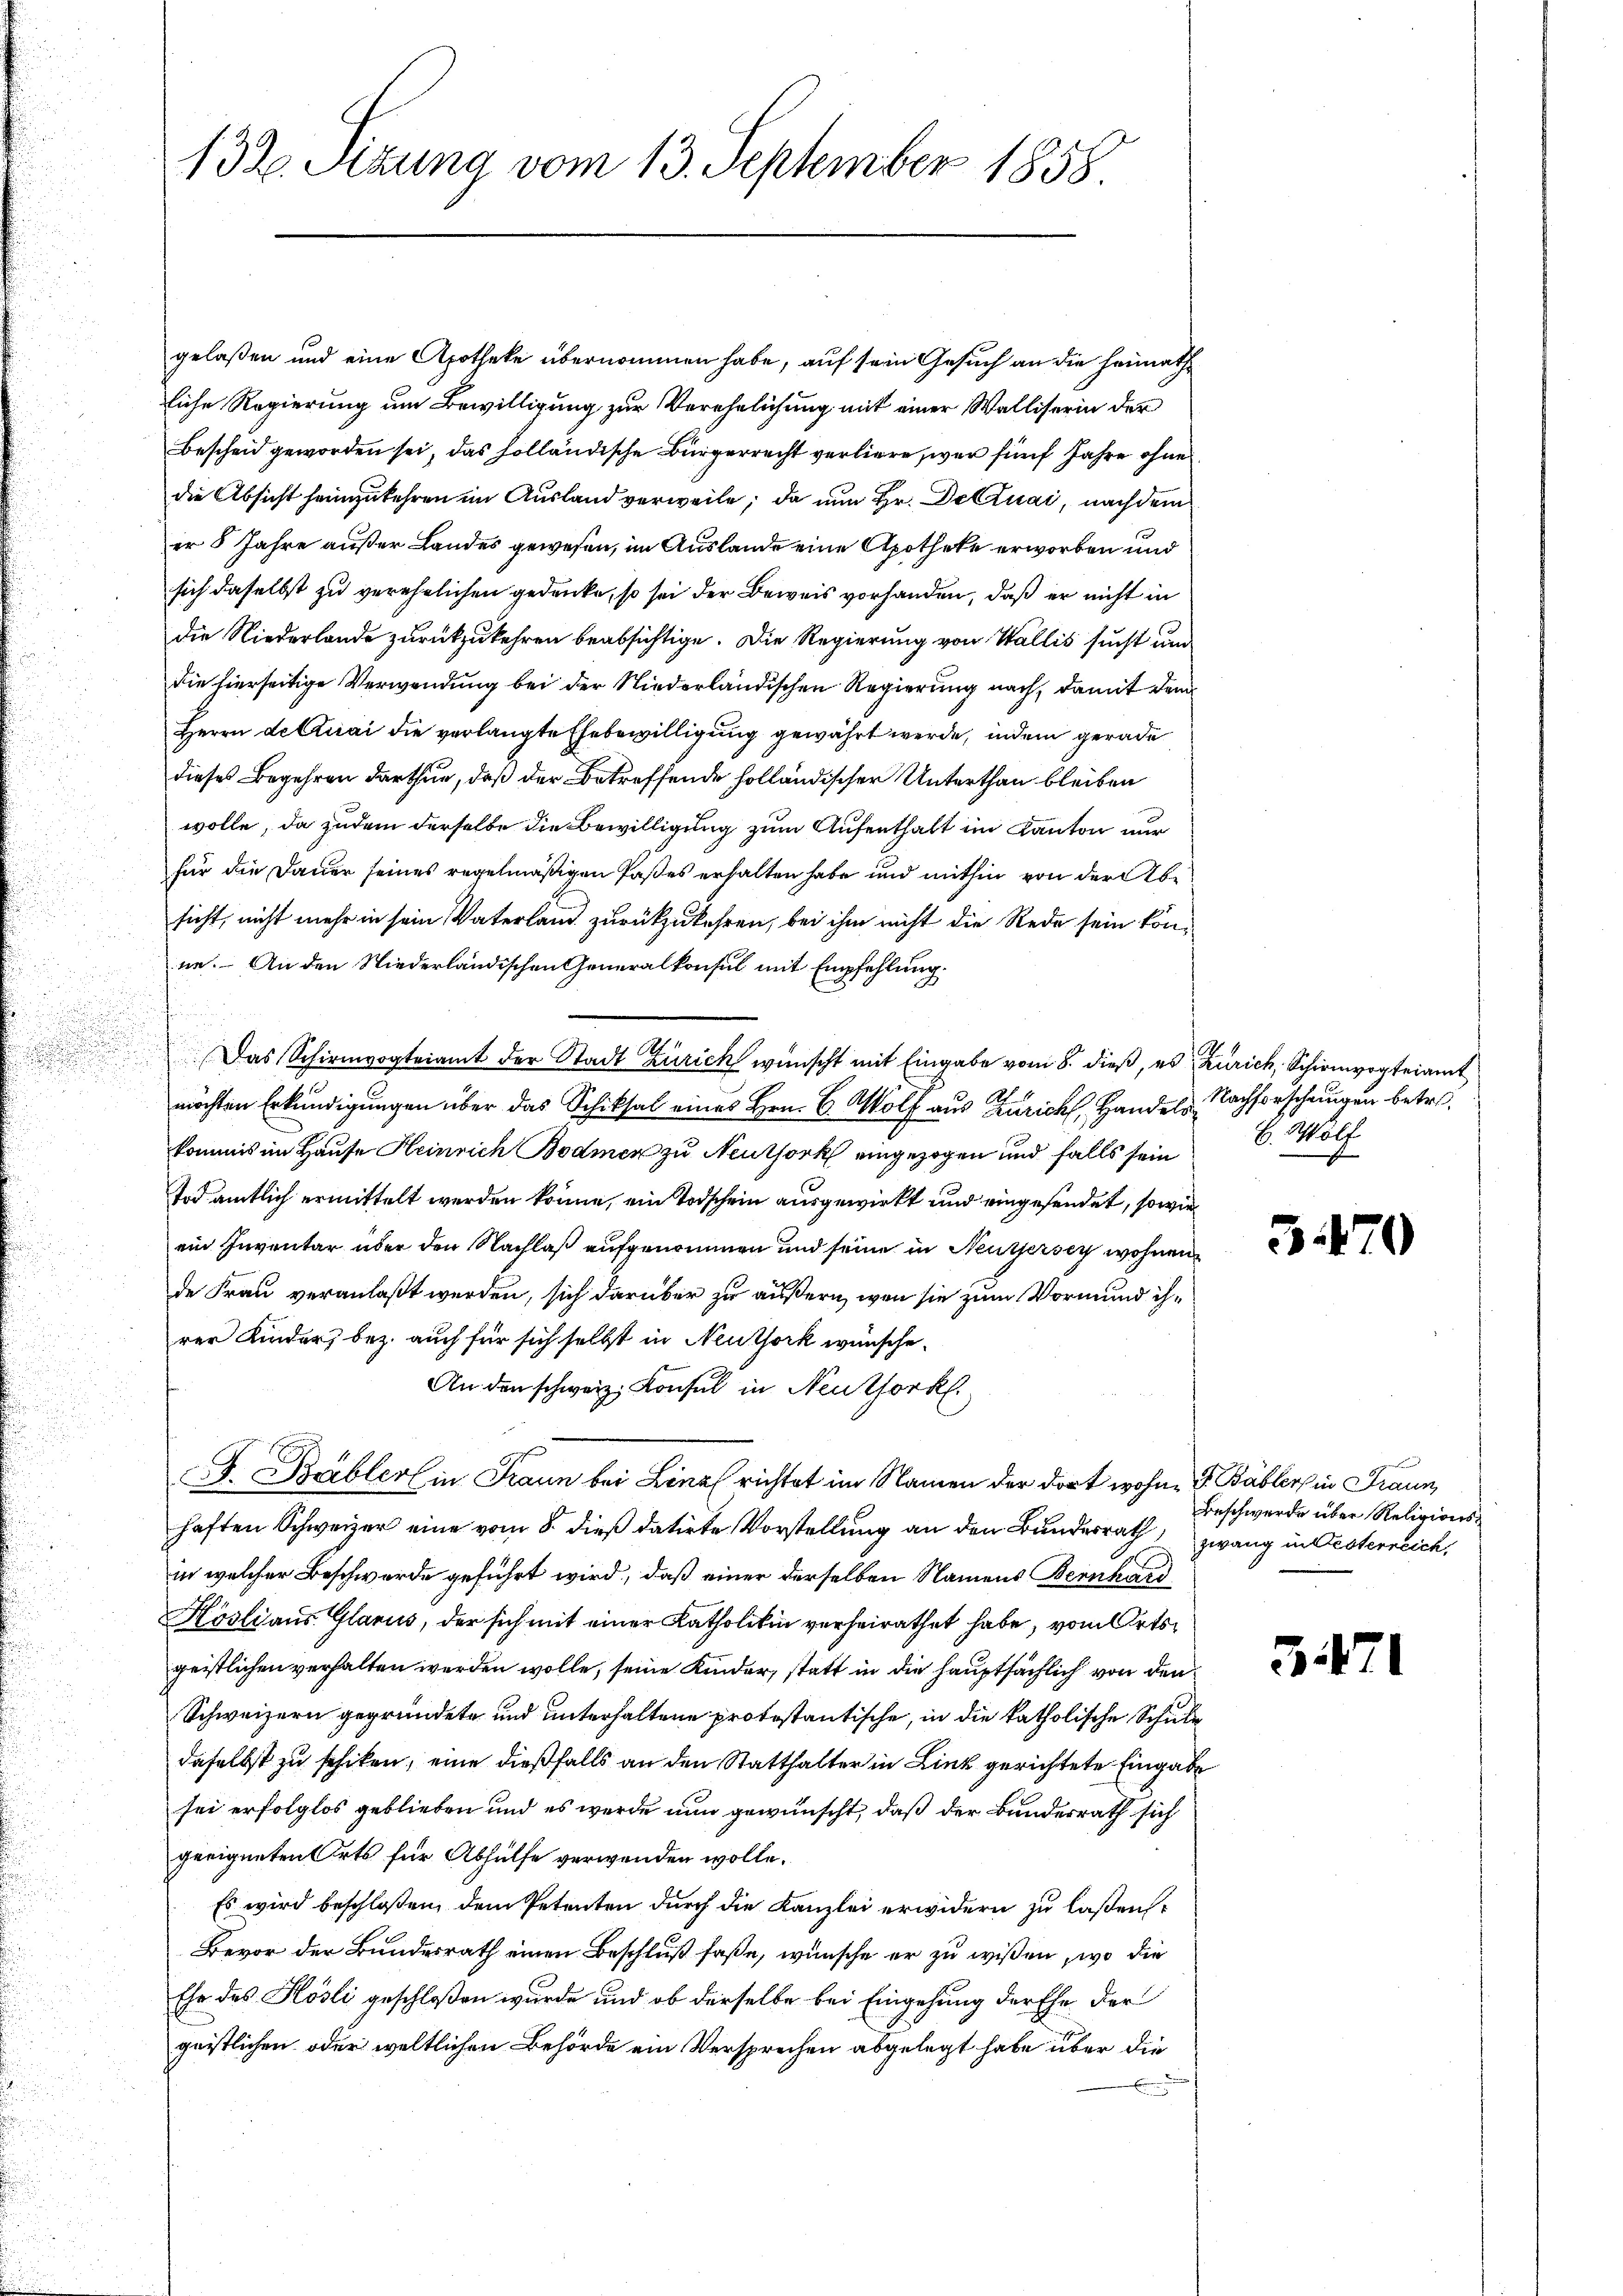
gelaßen und eine Apotheke übernommen habe, auf sein Gesuch an die Heimathe
liche Regierung um Bewilligung zur Verehelichung mit einer Walliserin der
Bescheid geworden sei, das holländische Bürgerrecht verliere, war fünf Jahre ohne
die Absicht heimzukehren im Ausland verweile; da nun Hr. Dectuai, nachdem
er 8 Jahre außer Landes gewesen, im Auslande eine Apotheke erworben und
sich daselbst zu verehelichen gedenke, so sei der Beweis vorhanden, daß er nicht in
die Niederlande zurückzukehren beabsichtige. Die Regierung von Wallis sucht und
die hierseitige Verwendung bei der Niederländischen Regierung nach, damit dem
Herrn dectuai die verlangte Ehebewilligung gewährt werde, indem gerade
dieses Begehren darthur, daß der Betreffende holländischer Unterthan bleiben
wolle, da zudem derselbe die Bewilligung zum Aufenthalt im Kanton nur
für die Dauer seines regelmäßigen Paßes erhalten habe und mithin von der Abe
sicht, nicht mehr in sein Vaterland zurückzukehren, bei ihm nicht die Rede sein könne. An den Niederländischen Generalkonsul mit Empfehlung.
Das Schirmvogteiamt der Stadt Zürich wünscht mit Eingabe vom 8. dieß, es Zürich, Schirmvogteiamt
möchten Erkundigungen über das Schicksal eines Hrn. B. Wolf aus Zürich, Handels Nachforschungen betrekommis im Hause Heinrich Bodmer zu Neuthork eingezogen und falls sein. Wolf
Tod amtlich ermittelt werden könne, ein Todschein ausgewirkt und eingesendet, sowie
ein Inventar über den Nachlaß aufgenommen und seine in Neutzersey wohnen
de Frau veranlaßt werden, sich darüber zu äußern, wenn sie zum Vormund ihrer Kinder, bez. auch für sich selbst in Neuthork wünsche.
An den schweiz. Konsul in Neuthork
J. rabler in Fraun bei Linal richtet im Namen der dort wohne G. Bäbler in Fraun,
haften Schweizer eine vom 8. dieß datirte Vorstellung an den Bundesrath
in welcher Beschwerde geführt wird, daß einer derselben Namens Bernhard
Kösli aus Glarus, der sich mit einer Katholitin verheirathet habe, vom Ortsgeistlichen verhalten werden wolle, seine Kinder, statt in die hauptsächlich von den
Schweizern gegründete und unterhaltene protestantische, in die katholische Schule
daselbst zu schiken, eine dießfalls an den Statthalter in Link gerichtete Eingabe
sei erfolglos geblieben und es werde nun gewünscht, daß der Bundesrath sich
geeigneten Orts für Abhülfe verwenden wolle.
Es wird beschloßen, dem Petenten durch die Kanzlei erwidern zu laßen.
Bevor der Bundesrath einen Beschluß faße, wünsche er zu wissen, wo die
Ehr des Hösli geschloßen wurde und ob derselbe bei Eingehung der Ehe der
geistlichen oder weltlichen Behörde ein Versprechen abgelegt habe über die
Ein zu

s

132. Seizung vom 13. September 1858.

3470

Beschwerde über Religionszwang in Oesterreich,

571